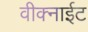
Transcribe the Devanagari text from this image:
वीक्नाईट